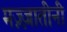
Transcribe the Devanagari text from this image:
मज़्ज़ातीनी